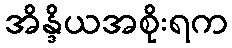
အိန္ဒိယအစိုးရက